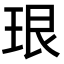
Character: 珢